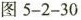
图5-2-30